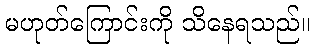
မဟုတ်ကြောင်းကို သိနေရသည်။